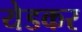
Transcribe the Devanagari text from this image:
येडकर